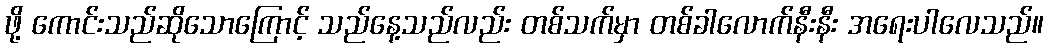
ဖို့ ကောင်းသည်ဆိုသောကြောင့် သည်နေ့သည်လည်း တစ်သက်မှာ တစ်ခါလောက်နီးနီး အရေးပါလေသည်။